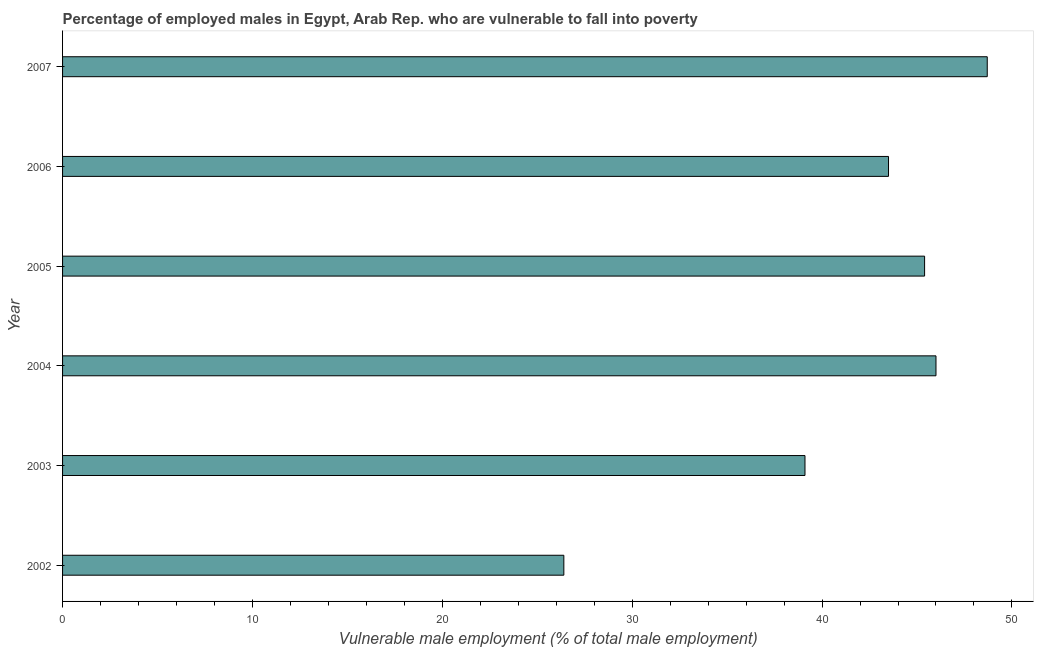
| Year | Percentage of employed males who are vulnerable to fall into poverty |
 | --- | --- |
 | 2002 | 26.4 |
 | 2003 | 39.1 |
 | 2004 | 46 |
 | 2005 | 45.4 |
 | 2006 | 43.5 |
 | 2007 | 48.7 |